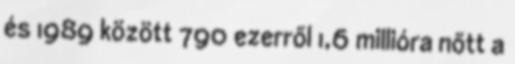
és 1989 között 790 ezerről 1,6 millióra nőtt a